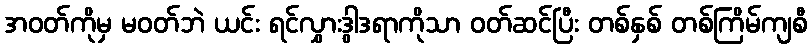
အဝတ်ကိုမှ မဝတ်ဘဲ ယင်း ရင်လွှားဒွါဒရာကိုသာ ဝတ်ဆင်ပြီး တစ်နှစ် တစ်ကြိမ်ကျစီ